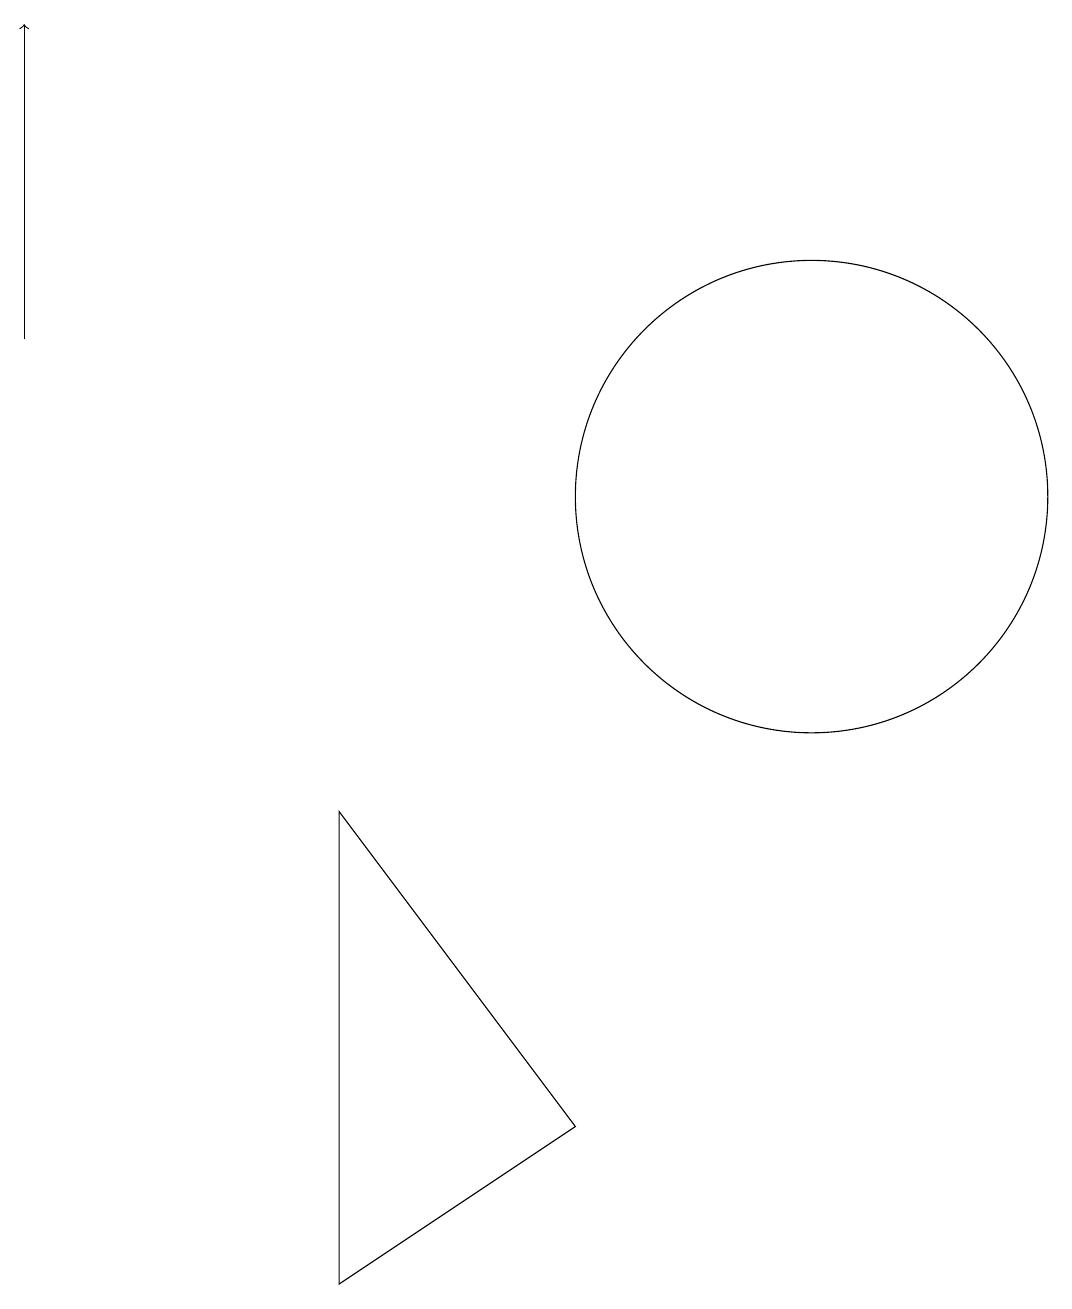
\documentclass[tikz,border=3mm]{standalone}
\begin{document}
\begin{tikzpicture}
\draw (4,8) -- (7,4) -- (4,2) -- cycle;
\draw (10,12) circle (3);
\draw[->] (0,14) -- (0,18);
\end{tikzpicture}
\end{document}